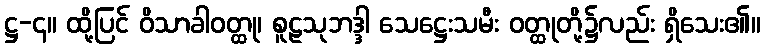
ဋ္ဌ-၄။ ထို့ပြင် ဝိသာခါဝတ္ထု၊ စူဠသုဘဒ္ဒါ သေဋ္ဌေးသမီး ဝတ္ထုတို့၌လည်း ရှိသေး၏။